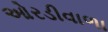
ઓરડીવાળા